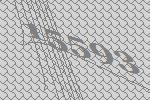
15593